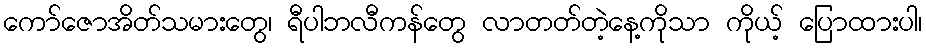
ကော်ဇောအိတ်သမားတွေ၊ ရီပါဘလီကန်တွေ လာတတ်တဲ့နေ့ကိုသာ ကိုယ့် ပြောထားပါ၊